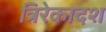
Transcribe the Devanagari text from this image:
त्रिरेकादश